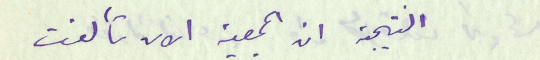
النتيجة ان الجمعية الان تألفت